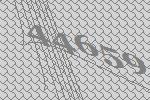
44659